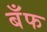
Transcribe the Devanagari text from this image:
बँफ